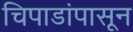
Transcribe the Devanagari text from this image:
चिपाडांपासून